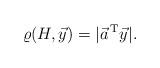
LaTeX: \begin{align*}\varrho(H, \vec{y})={|\vec{a}^{\,\mathrm{T}}\vec{y}|}.\end{align*}